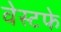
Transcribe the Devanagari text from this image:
वेस्टफे